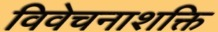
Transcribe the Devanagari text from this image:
विवेचनाशक्ति